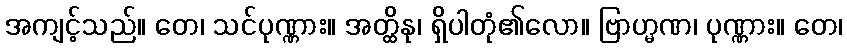
အကျင့်သည်။ တေ၊ သင်ပုဏ္ဏား။ အတ္ထိနု၊ ရှိပါတုံ၏လော။ ဗြာဟ္မဏ၊ ပုဏ္ဏား။ တေ၊